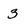
Character: 3